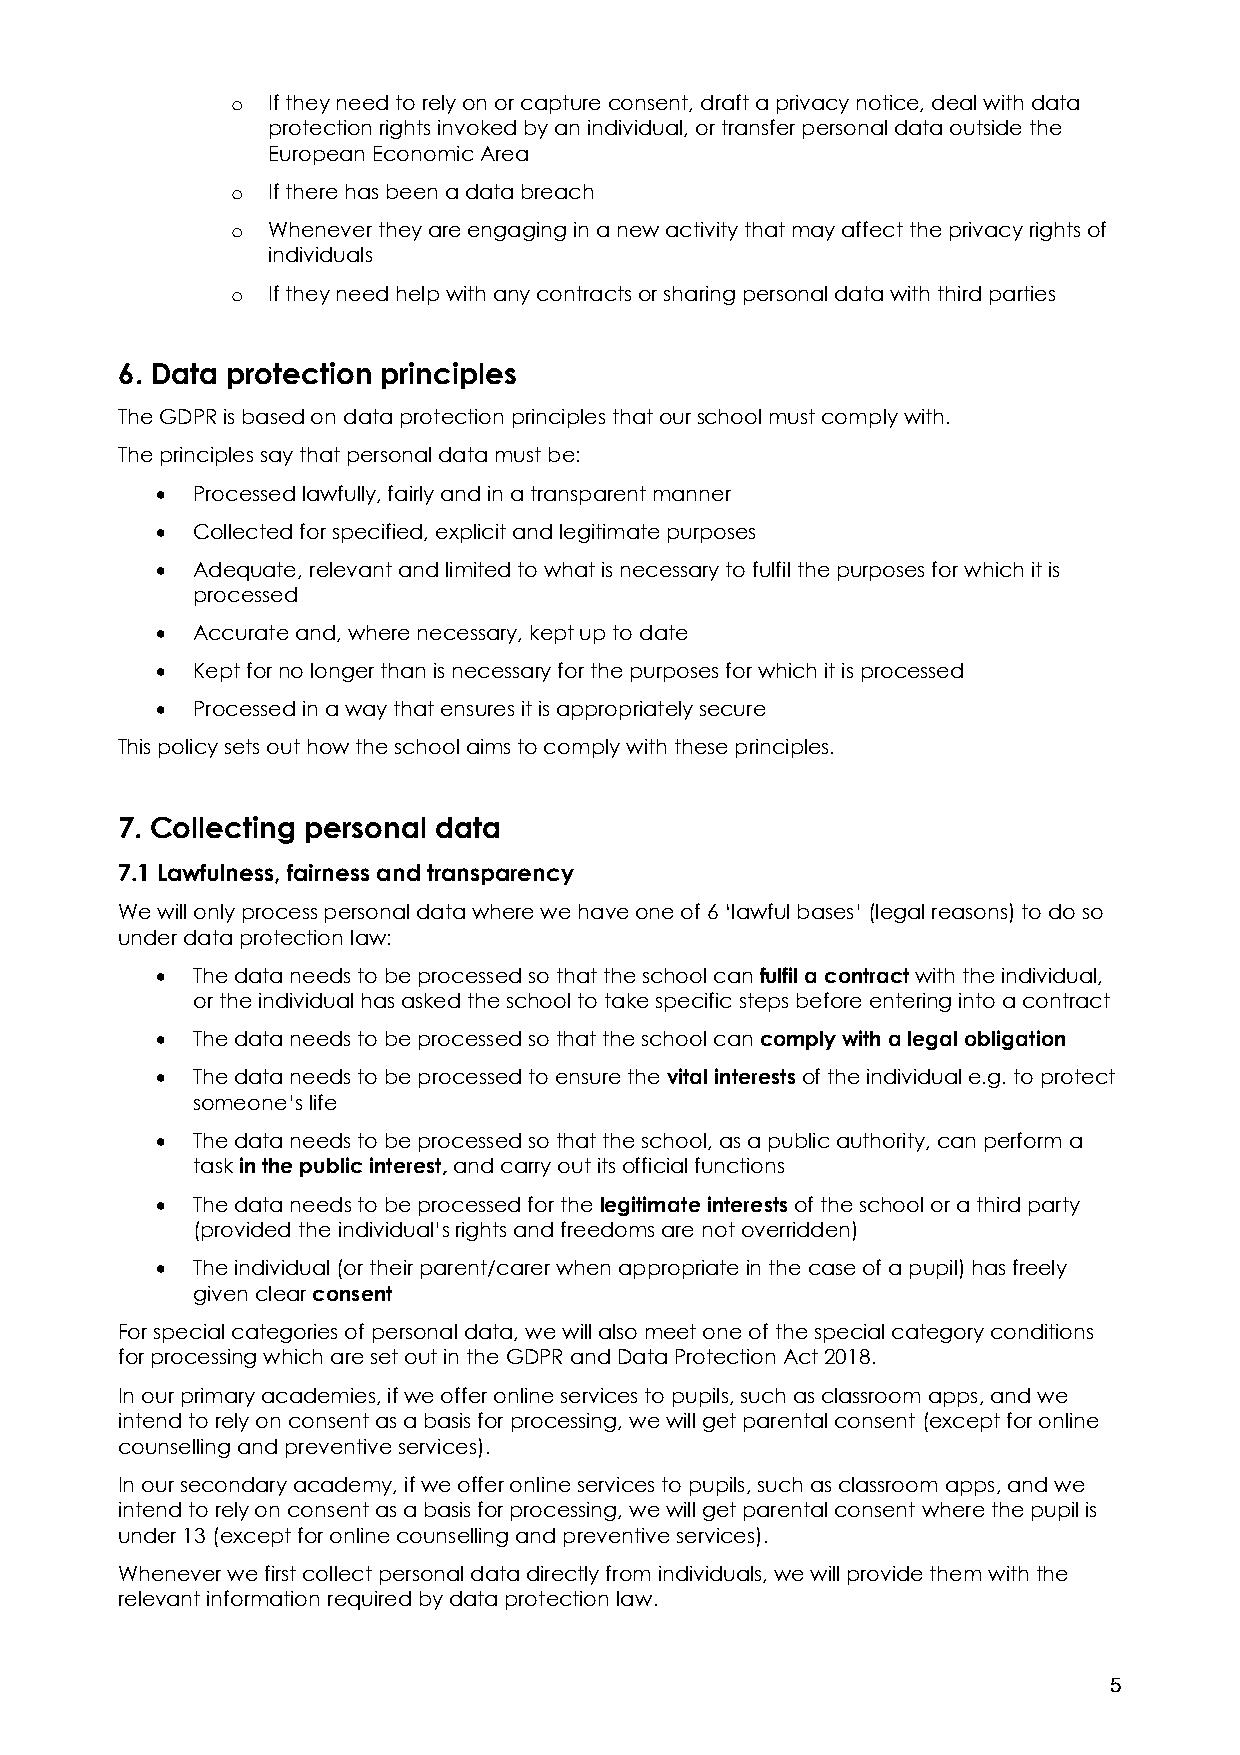
o  If they need to rely on or capture consent, draft a privacy notice, deal with data
 protection rights invoked by an individual, or transfer personal data outside the
 European Economic Area
 o  If there has been a data breach
 o  Whenever they are engaging in a new activity that may affect the privacy rights of
 individuals
 o  If they need help with any contracts or sharing personal data with third parties
 6. Data protection principles
 The GDPR is based on data protection principles that our school must comply with.
 The principles say that personal data must be:
 •  Processed lawfully, fairly and in a transparent manner
 •  Collected for specified, explicit and legitimate purposes
 •  Adequate, relevant and limited to what is necessary to fulfil the purposes for which it is
 processed
 •  Accurate and, where necessary, kept up to date
 •  Kept for no longer than is necessary for the purposes for which it is processed
 •  Processed in a way that ensures it is appropriately secure
 This policy sets out how the school aims to comply with these principles.
 7. Collecting personal data
 7.1 Lawfulness, fairness and transparency
 We will only process personal data where we have one of 6 ‘lawful bases’ (legal reasons) to do so
 under data protection law:
 •  The data needs to be processed so that the school can fulfil a contract with the individual,
 or the individual has asked the school to take specific steps before entering into a contract
 •  The data needs to be processed so that the school can comply with a legal obligation
 •  The data needs to be processed to ensure the vital interests of the individual e.g. to protect
 someone’s life
 •  The data needs to be processed so that the school, as a public authority, can perform a
 task in the public interest, and carry out its official functions
 •  The data needs to be processed for the legitimate interests of the school or a third party
 (provided the individual’s rights and freedoms are not overridden)
 •  The individual (or their parent/carer when appropriate in the case of a pupil) has freely
 given clear consent
 For special categories of personal data, we will also meet one of the special category conditions
 for processing which are set out in the GDPR and Data Protection Act 2018.
 In our primary academies, if we offer online services to pupils, such as classroom apps, and we
 intend to rely on consent as a basis for processing, we will get parental consent (except for online
 counselling and preventive services).
 In our secondary academy, if we offer online services to pupils, such as classroom apps, and we
 intend to rely on consent as a basis for processing, we will get parental consent where the pupil is
 under 13 (except for online counselling and preventive services).
 Whenever we first collect personal data directly from individuals, we will provide them with the
 relevant information required by data protection law.
 5